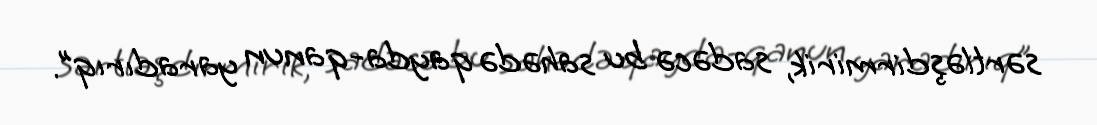
sərtləşdirmirik, sadəcə bu sahədə qayda-qanun yaradırıq”.